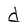
Character: d